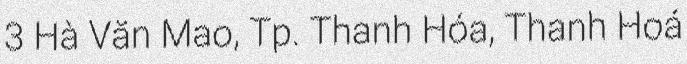
3 Hà Văn Mao, Tp. Thanh Hóa, Thanh Hoá